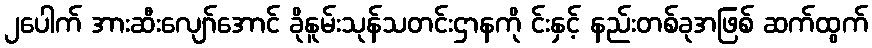
၂ပေါက် အားဆီးလျော်အောင် ခိုနူမ်းသုန်သတင်းဌာနကို င်းနှင့် နည်းတစ်ခုအဖြစ် ဆက်ထွက်